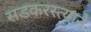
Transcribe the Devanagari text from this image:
सडकरस्त्याने